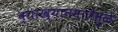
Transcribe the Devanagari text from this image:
व्याख्यानमालेमुळे